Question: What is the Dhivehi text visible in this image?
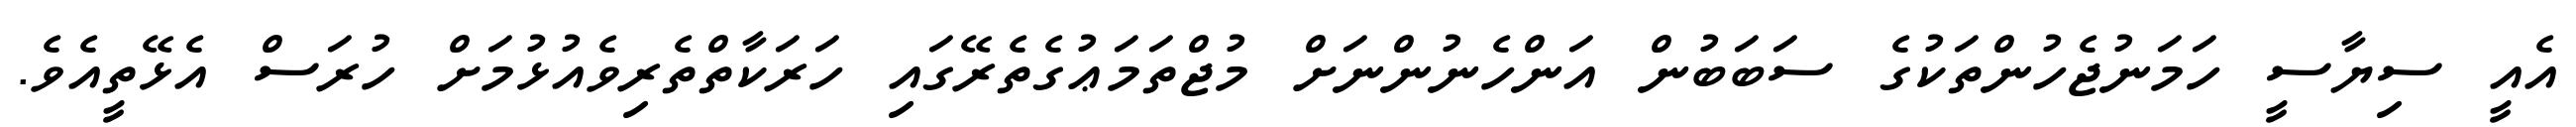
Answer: އެއީ ސިޔާސީ ހަމަނުޖެހުންތަކުގެ ސަބަބުން އަންހެނުންނަށް މުޖްތަމަޢުގެތެރޭގައި ހަރަކާތްތެރިވެއުޅުމަށް ހުރަސް އެޅޭތީއެވެ.